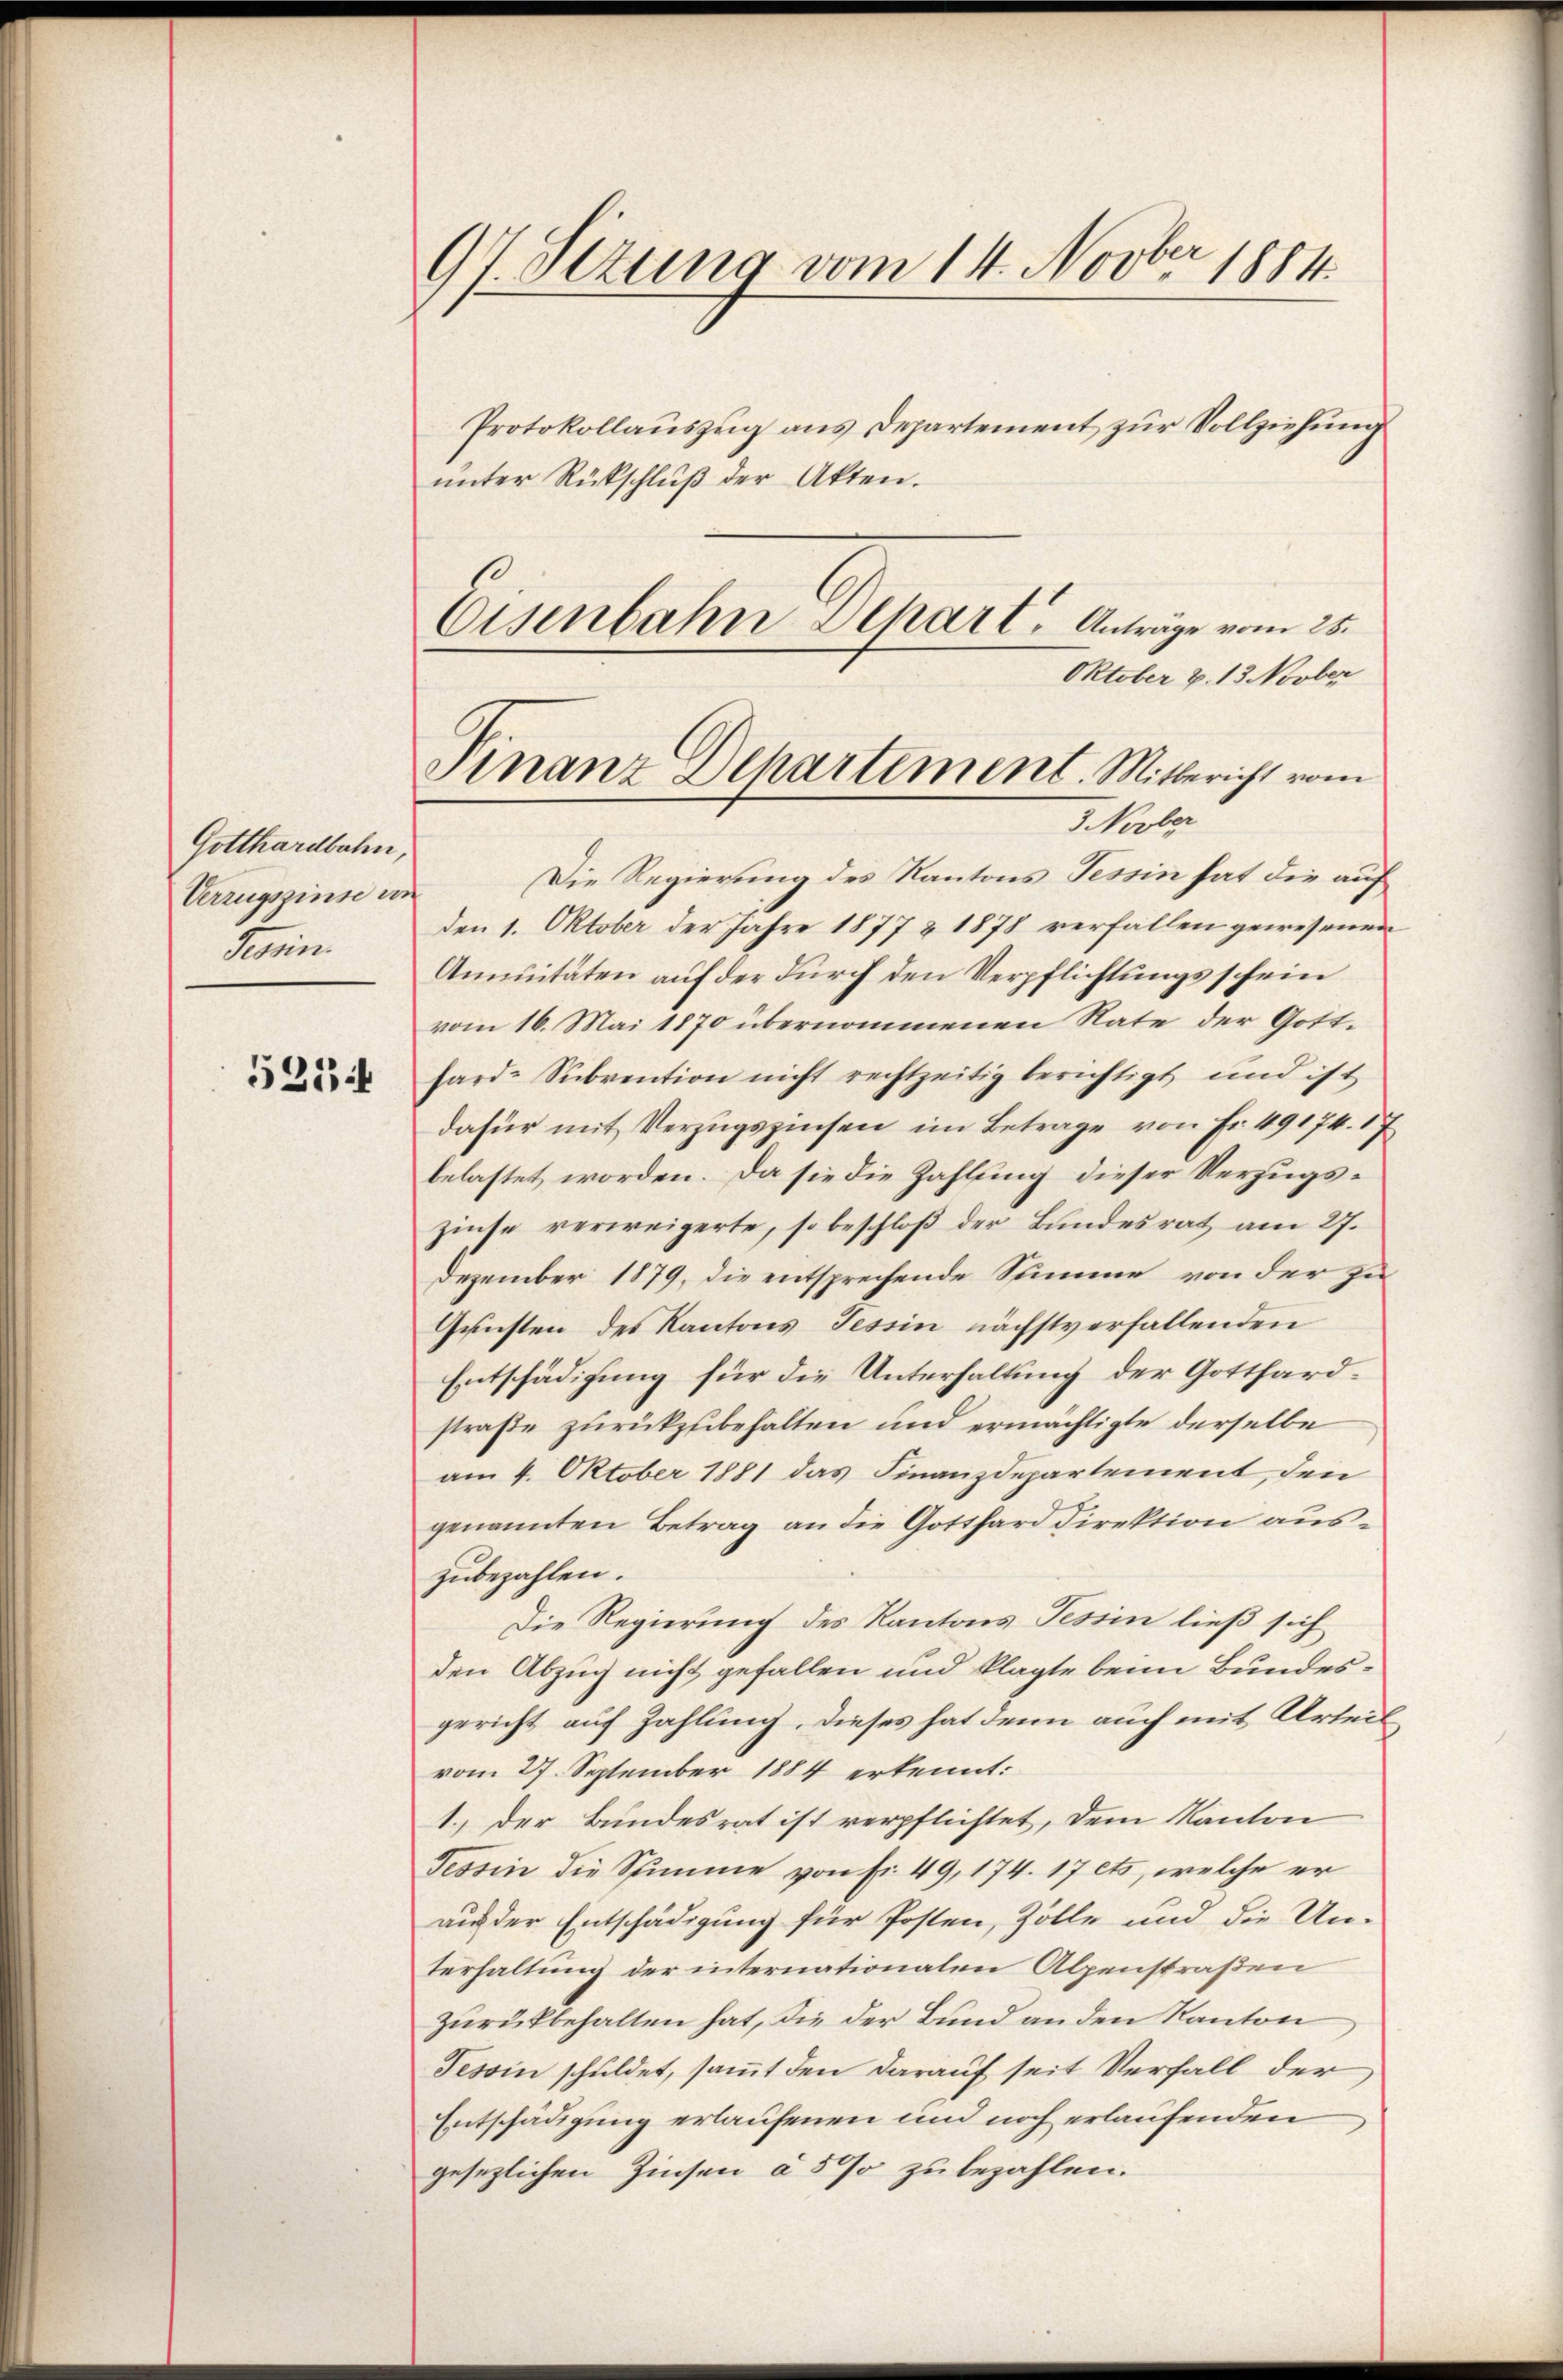
Gotthardbahn,
Verzugszinse in
Tessin.

533 f

97 Sezung vom 14. Novbr 1884.

Eisenbahn Depart, Anträge vom 25.
Oktober v. 13. Novber
Finanz Departement. Mitbericht vom
3 Novber

Protokollauszug aus Departement zur Vollziehung
ŭnter Rückschlŭβ der Akten.
Die Regierung des Kantons Tessin hat die auf
den 1. Oktober der Jahre 1877 & 1878 verfallen gewesenen
Annuitäten auf der durch den Verpflichtungsschein
vom 16. Mai 1870 übernommenen Rate der Gotthard-Subvention nicht rechtzeitig berichtigt und ist
dafür mit Verzugszinsen im Betrage von Fr. 49174. 17
belastet worden. Da sie die Zahlung dieser Verzugszinse verweigerte, so beschloß der Bundesrat am 27.
Dezember 1879, die entsprechende Summe von der zu
Geisten des Kantons Tessin nächstverfallenden
Entschädigung für die Unterhaltung der Gotthardstraße zurückzubehalten und ermächtigte derselbe
am 4. Oktober 1881 das Finanzdepartement, den
genannten Betrag an die Gotthard Direktion auszubezahlen.
Die Regierung des Kantons Tessin ließ sich
den Abzug nicht gefallen und klagte beim Bundesgericht auf Zahlung, dieses hat denn auch mit Urteil
vom 27. September 1884 erkennt:
1.) Der Bundesrat ist verpflichtet, dem Kanton
Tessin die Stimme von Fr. 49, 174. 17 ets, welche er
aus der Entschädigung für Posten, Zolle und die Un-
terhaltung der internationalen Alpenstraßen
zurückbehalten hat, die der Bund an den Kanton
Tessin schuldet, samt den darauf seit Verfall der
Entschädigung erlaufenen und noch erlaufenden
gesezlichen Zinsen à 5 % zu bezahlen.